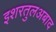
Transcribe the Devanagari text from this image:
इशरतुलअबाद